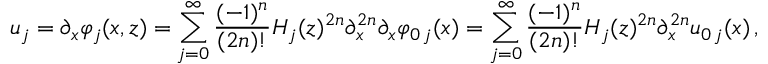
u _ { j } = \partial _ { x } \varphi _ { j } ( x , z ) = \sum _ { j = 0 } ^ { \infty } \frac { ( - 1 ) ^ { n } } { ( 2 n ) ! } H _ { j } ( z ) ^ { 2 n } \partial _ { x } ^ { 2 n } \partial _ { x } \varphi _ { 0 \, j } ( x ) = \sum _ { j = 0 } ^ { \infty } \frac { ( - 1 ) ^ { n } } { ( 2 n ) ! } H _ { j } ( z ) ^ { 2 n } \partial _ { x } ^ { 2 n } u _ { 0 \, j } ( x ) \, ,